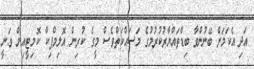
އަދި އެކަމަށް ބޭނުންވާ ބިޑްތައްޔާރުކުރުމުގެ މަސައްކަތްވެސް މީގެ ކުރިން އޮލިމްޕިކް ކޮމިޓީއިން ވަނީ